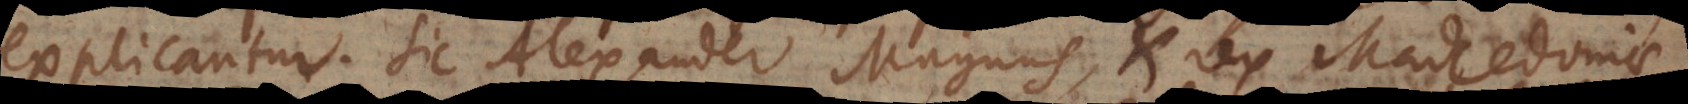
explicantur. Sic Alexander Magnus, et rex Macedoniae